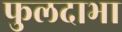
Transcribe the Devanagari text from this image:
फुलदाभा